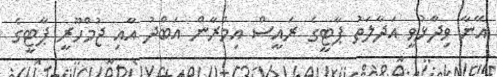
އޭނާ ވިދާޅުވީ އަދާލަތު ޕާޓީގެ ރައީސް އިމްރާން އަބްދު އާއި ޖުމްހޫރީ ޕާޓީގެ